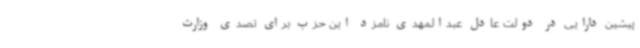
پیشین دارایی در دولت عادل عبدالمهدی نامزد این حزب برای تصدی وزارت